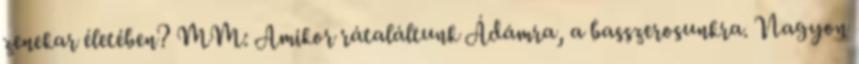
zenekar életében? MM: Amikor rátaláltunk Ádámra, a basszerosunkra. Nagyon